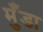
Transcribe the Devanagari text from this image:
मुँडा